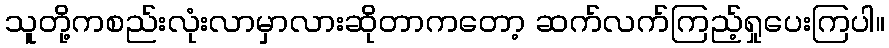
သူတို့ကစည်းလုံးလာမှာလားဆိုတာကတော့ ဆက်လက်ကြည့်ရှုပေးကြပါ။